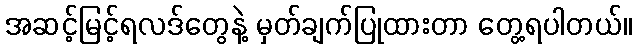
အဆင့်မြင့်ရလဒ်တွေနဲ့ မှတ်ချက်ပြုထားတာ တွေ့ရပါတယ်။